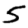
Digit: 5